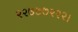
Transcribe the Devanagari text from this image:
२२७७७२२२।